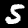
Label: 5